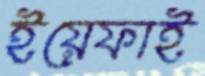
ইয়েফাই